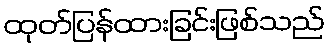
ထုတ်ပြန်ထားခြင်းဖြစ်သည်